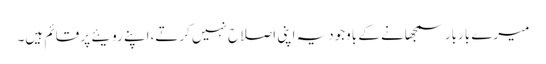
میرے باربار سمجھانے کے باوجودیہ اپنی اصلاح نہیں کرتے،اپنے رویئے پر قائم ہیں۔